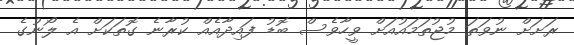
ރަށަށް ނުވަތަ މުޖުތަމައުއަށް ވީހާވެސް ބޮޑު ފައިދާއެއް ކުރާނެ ގޮތަކަށް އެ ލޯނުގެ